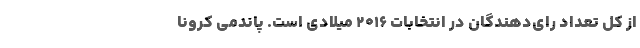
از کل تعداد رای‌دهندگان در انتخابات ۲۰۱۶ میلادی است. پاندمی کرونا